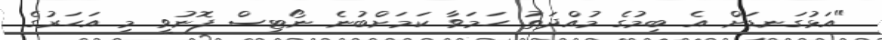
"އަޅުގަނޑަށް އެ ބިމުގެ މުއްދަތު ހަމަވާ ކަމަށްބުނެ ނޯޓިސް ފޮނުވީ މި އަހަރުގެ